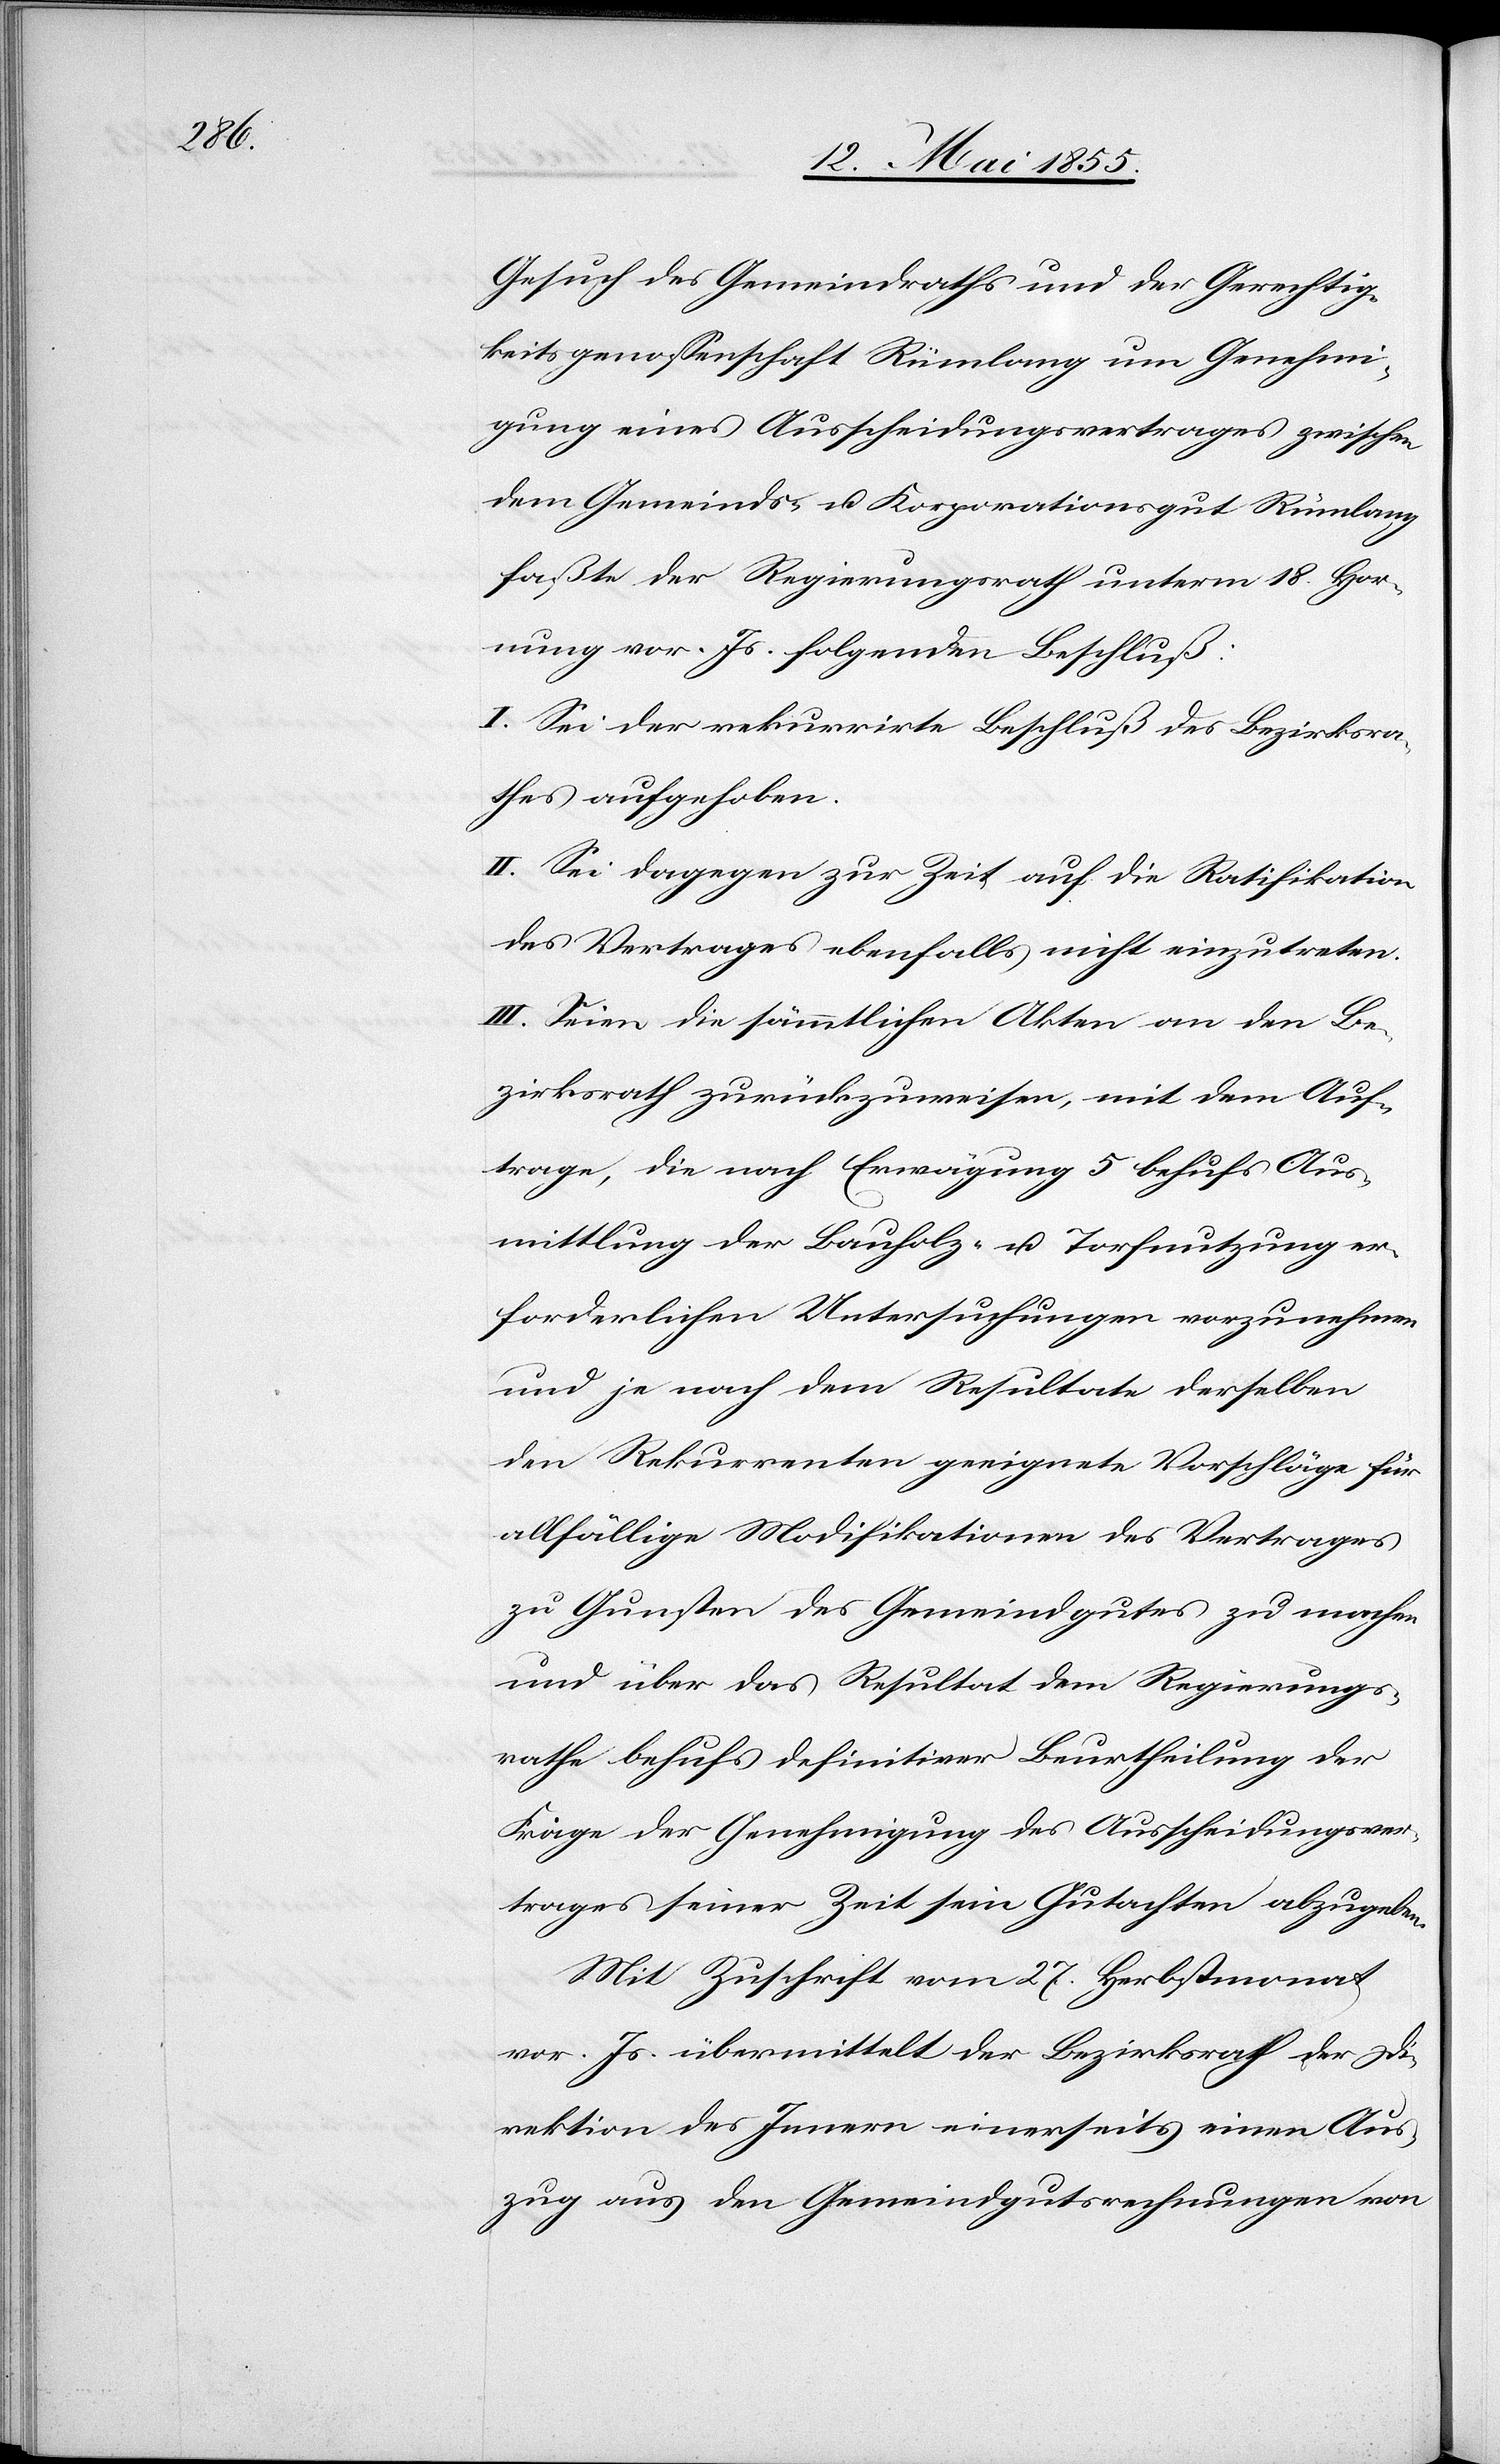
Gesuch des Gemeindraths und der Gerechtig¬
keitsgenossenschaft Rümlang um Genehmi¬
gung eines Ausscheidungsvertrages zwischen
dem Gemeinds- u. Korporationsgut Rümlang
faßte der Regierungsrath unterm 18. Hor¬
nung vor. Js. folgenden Beschluß:
I. Sei der rekurrirte Beschluß des Bezirksra¬
thes aufgehoben.
II. Sei dagegen zur Zeit auf die Ratifikation
des Vertrages ebenfalls nicht einzutreten.
III. Seien die sämmtlichen Akten an den Be¬
zirksrath zurückzuweisen, mit dem Auf¬
trage, die nach Erwägung 5 behufs Aus¬
mittlung der Bauholz- u. Torfnutzung er¬
forderlichen Untersuchungen vorzunehmen
und je nach dem Resultate derselben
den Rekurrenten geeignete Vorschläge für
allfällige Modifikationen des Vertrages
zu Gunsten des Gemeindgutes zu machen
und über das Resultat dem Regierungs¬
rathe behufs definitiver Beurtheilung der
Frage der Genehmigung des Ausscheidungsver¬
trages seiner Zeit sein Gutachten abzugeben.
Mit Zuschrift vom 27. Herbstmonat
vor. Js. übermittelt der Bezirksrath der Di¬
rektion des Innern einerseits einen Aus¬
zug aus den Gemeindgutsrechnungen von